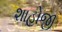
શાહોજી